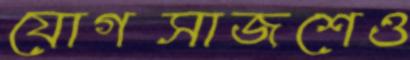
যোগসাজশেও